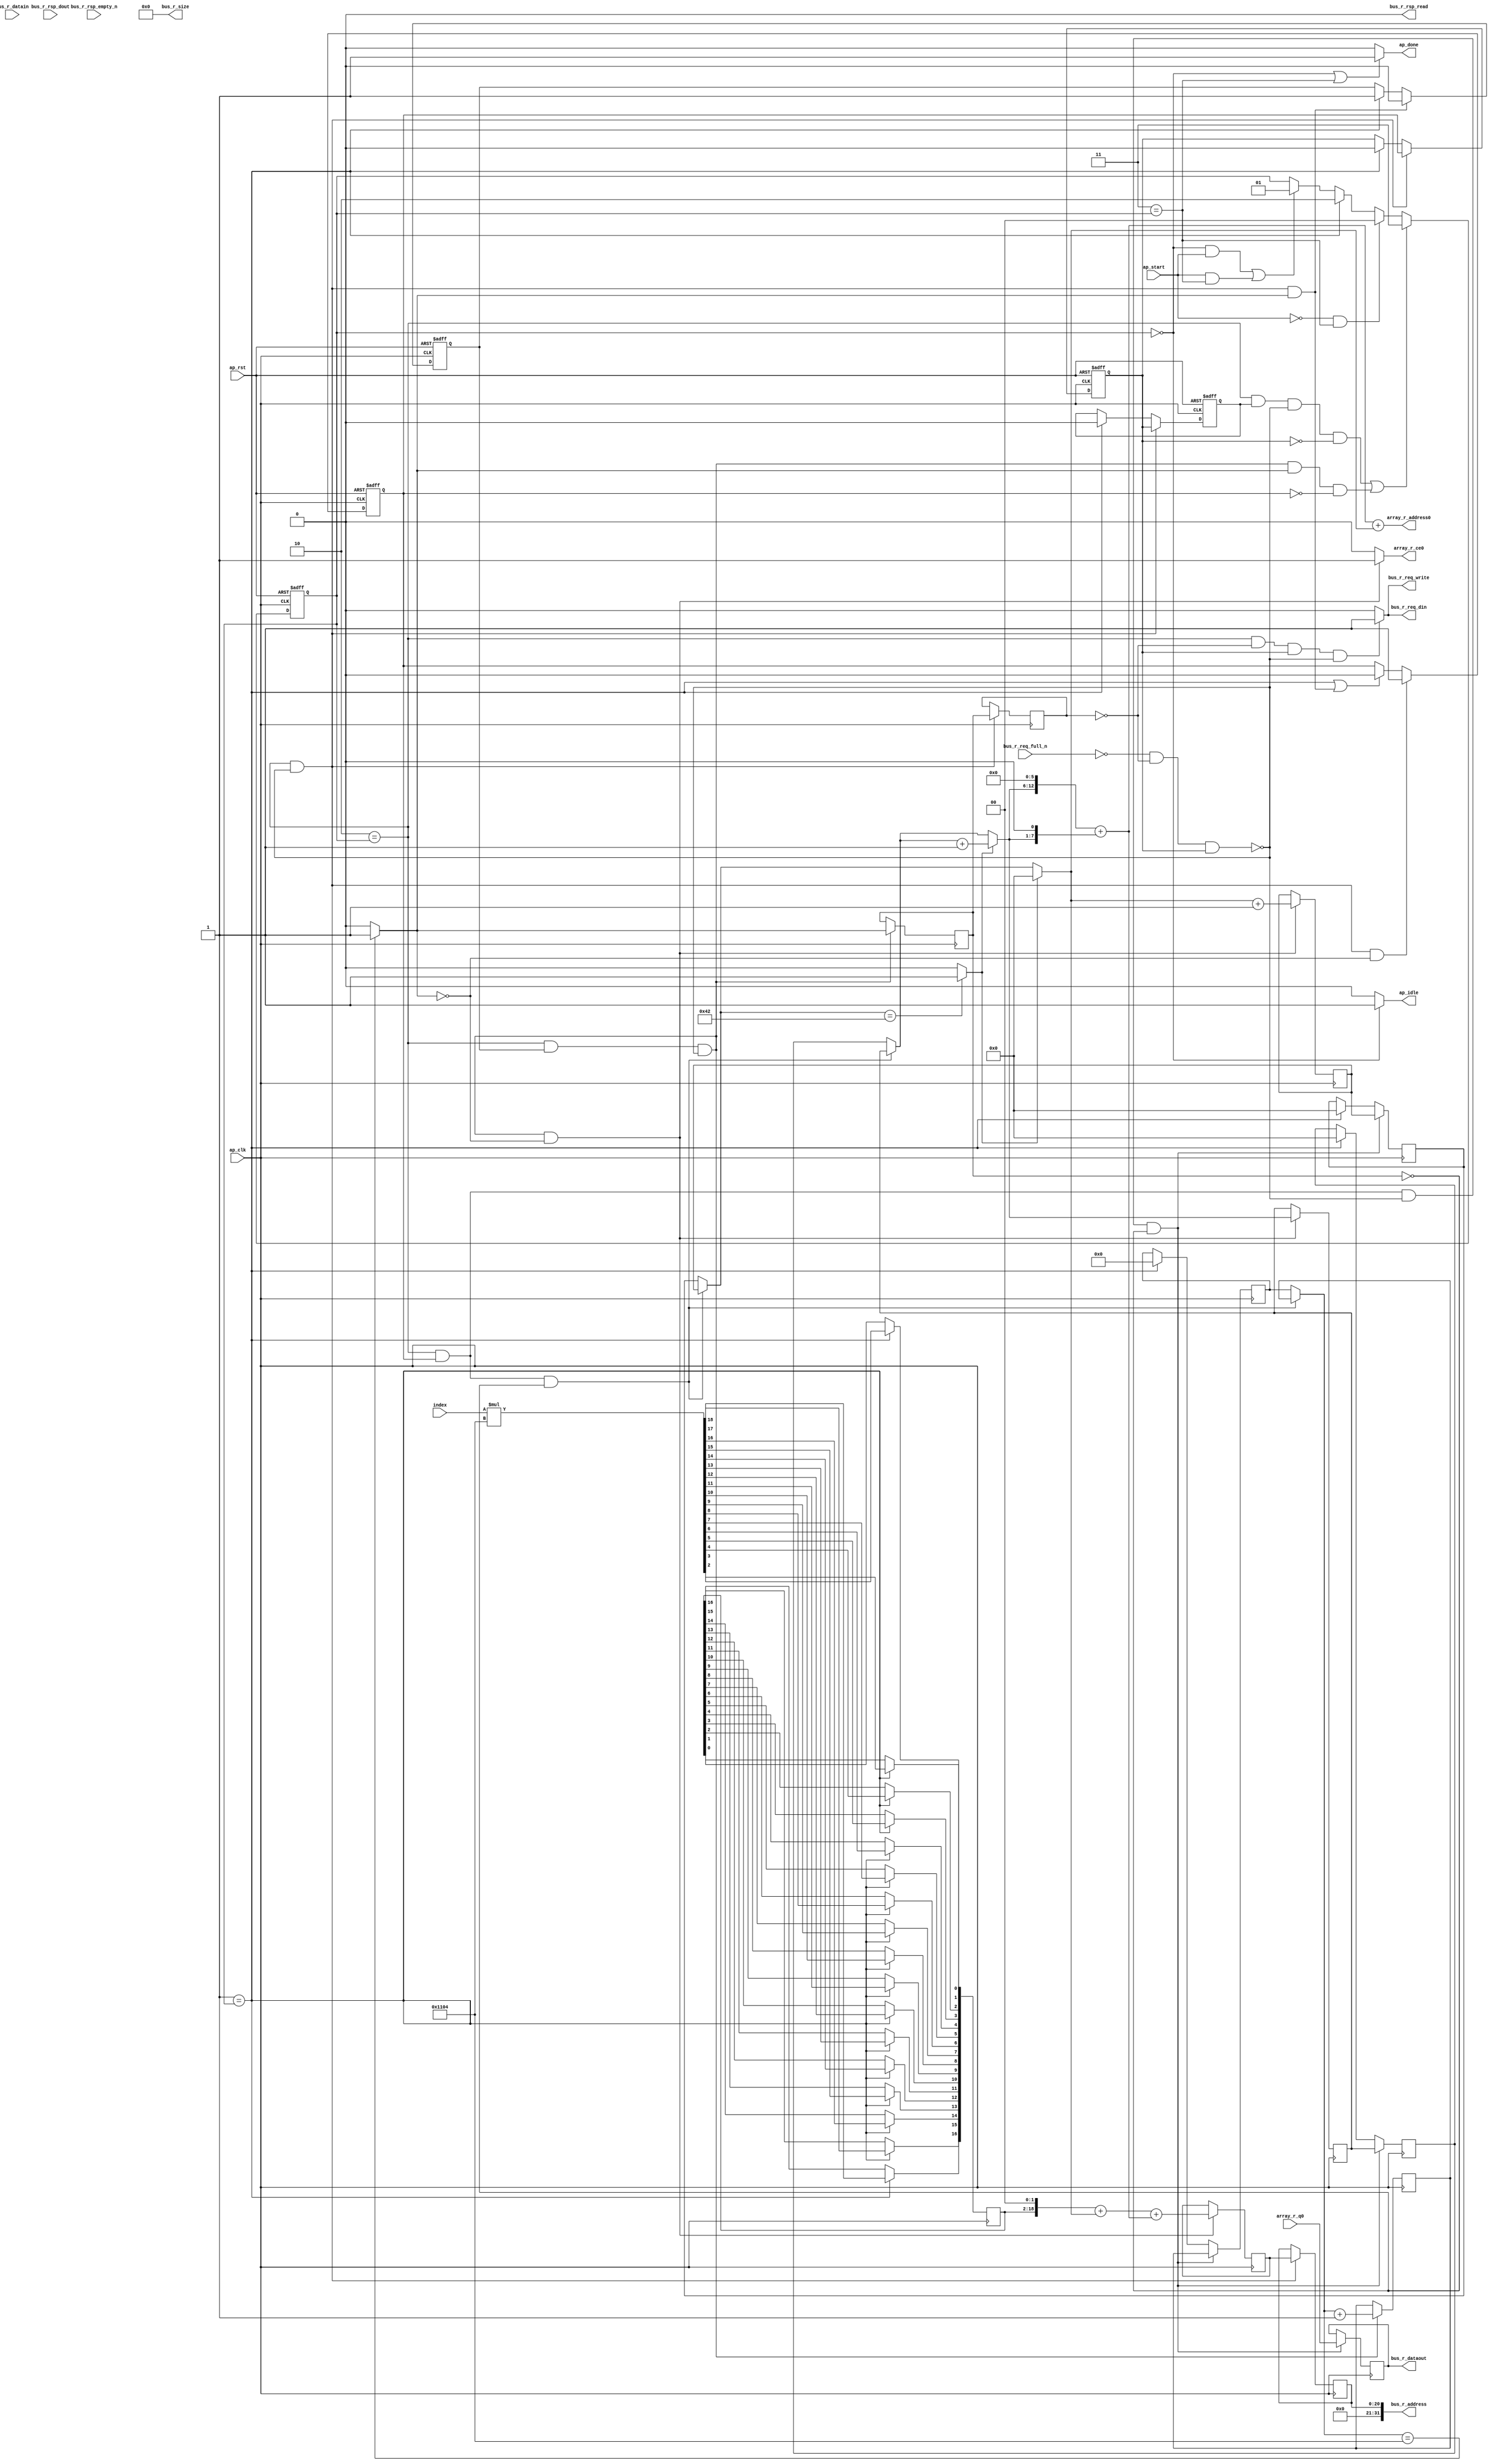
// ==============================================================
// RTL generated by AutoPilot - High-Level Synthesis System (C, C++, SystemC)
// Version: 2010.a.3
// Copyright (C) :2006-2010 AutoESL Design Technologies, Inc.
// 
// ===========================================================

`timescale 1 ns / 1 ps 

module write_r (
        ap_clk,
        ap_rst,
        ap_start,
        ap_done,
        ap_idle,
        index,
        bus_r_req_din,
        bus_r_req_full_n,
        bus_r_req_write,
        bus_r_rsp_dout,
        bus_r_rsp_empty_n,
        bus_r_rsp_read,
        bus_r_address,
        bus_r_datain,
        bus_r_dataout,
        bus_r_size,
        array_r_address0,
        array_r_ce0,
        array_r_q0
);

input   ap_clk;
input   ap_rst;
input   ap_start;
output   ap_done;
output   ap_idle;
input  [5:0] index;
output   bus_r_req_din;
input   bus_r_req_full_n;
output   bus_r_req_write;
input   bus_r_rsp_dout;
input   bus_r_rsp_empty_n;
output   bus_r_rsp_read;
output  [31:0] bus_r_address;
input  [31:0] bus_r_datain;
output  [31:0] bus_r_dataout;
output  [31:0] bus_r_size;
output  [12:0] array_r_address0;
output   array_r_ce0;
input  [31:0] array_r_q0;

reg ap_done;
reg ap_idle;
reg bus_r_req_din;
reg bus_r_req_write;
reg array_r_ce0;
reg   [1:0] ap_CS_fsm;
reg   [12:0] indvar_flatten_reg_62;
reg   [6:0] i_reg_73;
reg   [6:0] j_reg_84;
wire   [19:0] tmp1_cast_fu_106_p1;
reg   [19:0] tmp1_cast_reg_226;
wire   [0:0] exitcond_fu_110_p2;
reg   [0:0] exitcond_reg_231;
reg    ap_reg_ppiten_pp0_it0;
reg    ap_reg_ppiten_pp0_it1;
reg   [0:0] ap_reg_ppstg_exitcond_reg_231_pp0_it1;
reg    ap_sig_bdd_59;
reg    ap_reg_ppiten_pp0_it2;
reg    ap_reg_ppiten_pp0_it3;
reg   [12:0] indvar_next_reg_235;
wire   [6:0] i_mid_fu_142_p3;
reg   [6:0] i_mid_reg_240;
reg   [20:0] tmp3_reg_245;
reg   [20:0] ap_reg_ppstg_tmp3_reg_245_pp0_it1;
reg   [6:0] indvar_next1_reg_255;
reg   [31:0] array_load_reg_260;
reg   [12:0] indvar_flatten_phi_fu_66_p4;
reg   [6:0] i_phi_fu_77_p4;
reg   [6:0] j_phi_fu_88_p4;
wire   [31:0] array_addr1_cast_fu_205_p1;
wire   [63:0] tmp4_fu_216_p1;
wire   [5:0] tmp_fu_100_p0;
wire   [18:0] tmp_fu_100_p2;
wire   [12:0] exitcond_fu_110_p1;
wire   [6:0] exitcond1_fu_128_p1;
wire   [0:0] exitcond1_fu_128_p2;
wire   [6:0] indvar_next4_dup_fu_122_p2;
wire   [12:0] i_cast4_mid_fu_150_p1;
wire   [12:0] p_shl_fu_154_p2;
wire   [12:0] p_shl1_fu_160_p2;
wire   [12:0] tmp1_fu_166_p2;
wire   [6:0] j_mid_fu_134_p3;
wire   [19:0] j_cast_fu_176_p1;
wire   [19:0] tmp2_fu_180_p2;
wire   [20:0] tmp10_cast_fu_185_p1;
wire   [20:0] tmp9_cast_fu_172_p1;
wire   [12:0] tmp7_trn_cast_fu_195_p1;
wire   [12:0] array_addr_fu_199_p2;
reg   [1:0] ap_NS_fsm;
wire   [18:0] tmp_fu_100_p00;
parameter    ap_const_logic_1 = 1'b1;
parameter    ap_const_logic_0 = 1'b0;
parameter    ap_ST_st0_fsm_0 = 2'b00;
parameter    ap_ST_st1_fsm_1 = 2'b01;
parameter    ap_ST_pp0_stg0_fsm_2 = 2'b10;
parameter    ap_ST_st6_fsm_3 = 2'b11;
parameter    ap_const_lv1_0 = 1'b0;
parameter    ap_const_lv13_0 = 13'b0000000000000;
parameter    ap_const_lv7_0 = 7'b0000000;
parameter    ap_const_lv32_0 = 32'b00000000000000000000000000000000;
parameter    ap_const_lv19_1104 = 19'b0000001000100000100;
parameter    ap_const_lv13_1104 = 13'b1000100000100;
parameter    ap_const_lv13_1 = 13'b0000000000001;
parameter    ap_const_lv7_1 = 7'b0000001;
parameter    ap_const_lv7_42 = 7'b1000010;
parameter    ap_const_lv13_6 = 13'b0000000000110;
parameter    ap_true = 1'b1;




/// ap_CS_fsm assign process. ///
always @ (posedge ap_rst or posedge ap_clk)
begin : ap_ret_ap_CS_fsm
    if (ap_rst == 1'b1) begin
        ap_CS_fsm <= ap_ST_st0_fsm_0;
    end else begin
        ap_CS_fsm <= ap_NS_fsm;
    end
end

/// ap_reg_ppiten_pp0_it0 assign process. ///
always @ (posedge ap_rst or posedge ap_clk)
begin : ap_ret_ap_reg_ppiten_pp0_it0
    if (ap_rst == 1'b1) begin
        ap_reg_ppiten_pp0_it0 <= ap_const_logic_0;
    end else begin
        if (((ap_ST_pp0_stg0_fsm_2 == ap_CS_fsm) & ~(ap_sig_bdd_59 & (ap_const_logic_1 == ap_reg_ppiten_pp0_it2)) & ~(exitcond_fu_110_p2 == ap_const_lv1_0))) begin
            ap_reg_ppiten_pp0_it0 <= ap_const_logic_0;
        end else if ((ap_ST_st1_fsm_1 == ap_CS_fsm)) begin
            ap_reg_ppiten_pp0_it0 <= ap_const_logic_1;
        end
    end
end

/// ap_reg_ppiten_pp0_it1 assign process. ///
always @ (posedge ap_rst or posedge ap_clk)
begin : ap_ret_ap_reg_ppiten_pp0_it1
    if (ap_rst == 1'b1) begin
        ap_reg_ppiten_pp0_it1 <= ap_const_logic_0;
    end else begin
        if (((ap_ST_pp0_stg0_fsm_2 == ap_CS_fsm) & ~(ap_sig_bdd_59 & (ap_const_logic_1 == ap_reg_ppiten_pp0_it2)) & (exitcond_fu_110_p2 == ap_const_lv1_0))) begin
            ap_reg_ppiten_pp0_it1 <= ap_const_logic_1;
        end else if (((ap_ST_st1_fsm_1 == ap_CS_fsm) | ((ap_ST_pp0_stg0_fsm_2 == ap_CS_fsm) & ~(ap_sig_bdd_59 & (ap_const_logic_1 == ap_reg_ppiten_pp0_it2)) & ~(exitcond_fu_110_p2 == ap_const_lv1_0)))) begin
            ap_reg_ppiten_pp0_it1 <= ap_const_logic_0;
        end
    end
end

/// ap_reg_ppiten_pp0_it2 assign process. ///
always @ (posedge ap_rst or posedge ap_clk)
begin : ap_ret_ap_reg_ppiten_pp0_it2
    if (ap_rst == 1'b1) begin
        ap_reg_ppiten_pp0_it2 <= ap_const_logic_0;
    end else begin
        if (((ap_ST_pp0_stg0_fsm_2 == ap_CS_fsm) & ~(ap_sig_bdd_59 & (ap_const_logic_1 == ap_reg_ppiten_pp0_it2)))) begin
            ap_reg_ppiten_pp0_it2 <= ap_reg_ppiten_pp0_it1;
        end else if ((ap_ST_st1_fsm_1 == ap_CS_fsm)) begin
            ap_reg_ppiten_pp0_it2 <= ap_const_logic_0;
        end
    end
end

/// ap_reg_ppiten_pp0_it3 assign process. ///
always @ (posedge ap_rst or posedge ap_clk)
begin : ap_ret_ap_reg_ppiten_pp0_it3
    if (ap_rst == 1'b1) begin
        ap_reg_ppiten_pp0_it3 <= ap_const_logic_0;
    end else begin
        if (((ap_ST_pp0_stg0_fsm_2 == ap_CS_fsm) & ~(ap_sig_bdd_59 & (ap_const_logic_1 == ap_reg_ppiten_pp0_it2)))) begin
            ap_reg_ppiten_pp0_it3 <= ap_reg_ppiten_pp0_it2;
        end else if ((ap_ST_st1_fsm_1 == ap_CS_fsm)) begin
            ap_reg_ppiten_pp0_it3 <= ap_const_logic_0;
        end
    end
end

/// assign process. ///
always @(posedge ap_clk)
begin
    if (((ap_ST_pp0_stg0_fsm_2 == ap_CS_fsm) & ~(ap_sig_bdd_59 & (ap_const_logic_1 == ap_reg_ppiten_pp0_it2)))) begin
        ap_reg_ppstg_exitcond_reg_231_pp0_it1 <= exitcond_reg_231;
    end
    if (((ap_ST_pp0_stg0_fsm_2 == ap_CS_fsm) & ~(ap_sig_bdd_59 & (ap_const_logic_1 == ap_reg_ppiten_pp0_it2)))) begin
        ap_reg_ppstg_tmp3_reg_245_pp0_it1 <= tmp3_reg_245;
    end
    if (((ap_ST_pp0_stg0_fsm_2 == ap_CS_fsm) & (ap_const_logic_1 == ap_reg_ppiten_pp0_it1) & ~(ap_sig_bdd_59 & (ap_const_logic_1 == ap_reg_ppiten_pp0_it2)) & (exitcond_reg_231 == ap_const_lv1_0))) begin
        array_load_reg_260 <= array_r_q0;
    end
    if (((ap_ST_pp0_stg0_fsm_2 == ap_CS_fsm) & (ap_const_logic_1 == ap_reg_ppiten_pp0_it0) & ~(ap_sig_bdd_59 & (ap_const_logic_1 == ap_reg_ppiten_pp0_it2)))) begin
        exitcond_reg_231 <= (indvar_flatten_phi_fu_66_p4 == exitcond_fu_110_p1? 1'b1: 1'b0);
    end
    if (((ap_ST_pp0_stg0_fsm_2 == ap_CS_fsm) & (ap_const_logic_1 == ap_reg_ppiten_pp0_it0) & ~(ap_sig_bdd_59 & (ap_const_logic_1 == ap_reg_ppiten_pp0_it2)) & (exitcond_fu_110_p2 == ap_const_lv1_0))) begin
        if (exitcond1_fu_128_p2) begin
            i_mid_reg_240 <= indvar_next4_dup_fu_122_p2;
        end else begin
            i_mid_reg_240 <= i_phi_fu_77_p4;
        end

    end
    if (((ap_ST_pp0_stg0_fsm_2 == ap_CS_fsm) & (ap_const_logic_1 == ap_reg_ppiten_pp0_it1) & ~(ap_sig_bdd_59 & (ap_const_logic_1 == ap_reg_ppiten_pp0_it2)) & (exitcond_reg_231 == ap_const_lv1_0))) begin
        i_reg_73 <= i_mid_reg_240;
    end else if ((ap_ST_st1_fsm_1 == ap_CS_fsm)) begin
        i_reg_73 <= ap_const_lv7_0;
    end
    if (((ap_ST_pp0_stg0_fsm_2 == ap_CS_fsm) & (ap_const_logic_1 == ap_reg_ppiten_pp0_it1) & ~(ap_sig_bdd_59 & (ap_const_logic_1 == ap_reg_ppiten_pp0_it2)) & (exitcond_reg_231 == ap_const_lv1_0))) begin
        indvar_flatten_reg_62 <= indvar_next_reg_235;
    end else if ((ap_ST_st1_fsm_1 == ap_CS_fsm)) begin
        indvar_flatten_reg_62 <= ap_const_lv13_0;
    end
    if (((ap_ST_pp0_stg0_fsm_2 == ap_CS_fsm) & (ap_const_logic_1 == ap_reg_ppiten_pp0_it0) & ~(ap_sig_bdd_59 & (ap_const_logic_1 == ap_reg_ppiten_pp0_it2)) & (exitcond_fu_110_p2 == ap_const_lv1_0))) begin
        indvar_next1_reg_255 <= (j_mid_fu_134_p3 + ap_const_lv7_1);
    end
    if (((ap_ST_pp0_stg0_fsm_2 == ap_CS_fsm) & (ap_const_logic_1 == ap_reg_ppiten_pp0_it0) & ~(ap_sig_bdd_59 & (ap_const_logic_1 == ap_reg_ppiten_pp0_it2)))) begin
        indvar_next_reg_235 <= (indvar_flatten_phi_fu_66_p4 + ap_const_lv13_1);
    end
    if (((ap_ST_pp0_stg0_fsm_2 == ap_CS_fsm) & (ap_const_logic_1 == ap_reg_ppiten_pp0_it1) & ~(ap_sig_bdd_59 & (ap_const_logic_1 == ap_reg_ppiten_pp0_it2)) & (exitcond_reg_231 == ap_const_lv1_0))) begin
        j_reg_84 <= indvar_next1_reg_255;
    end else if ((ap_ST_st1_fsm_1 == ap_CS_fsm)) begin
        j_reg_84 <= ap_const_lv7_0;
    end
    if ((ap_ST_st1_fsm_1 == ap_CS_fsm)) begin
        tmp1_cast_reg_226[2] <= tmp1_cast_fu_106_p1[2];
        tmp1_cast_reg_226[3] <= tmp1_cast_fu_106_p1[3];
        tmp1_cast_reg_226[4] <= tmp1_cast_fu_106_p1[4];
        tmp1_cast_reg_226[5] <= tmp1_cast_fu_106_p1[5];
        tmp1_cast_reg_226[6] <= tmp1_cast_fu_106_p1[6];
        tmp1_cast_reg_226[7] <= tmp1_cast_fu_106_p1[7];
        tmp1_cast_reg_226[8] <= tmp1_cast_fu_106_p1[8];
        tmp1_cast_reg_226[9] <= tmp1_cast_fu_106_p1[9];
        tmp1_cast_reg_226[10] <= tmp1_cast_fu_106_p1[10];
        tmp1_cast_reg_226[11] <= tmp1_cast_fu_106_p1[11];
        tmp1_cast_reg_226[12] <= tmp1_cast_fu_106_p1[12];
        tmp1_cast_reg_226[13] <= tmp1_cast_fu_106_p1[13];
        tmp1_cast_reg_226[14] <= tmp1_cast_fu_106_p1[14];
        tmp1_cast_reg_226[15] <= tmp1_cast_fu_106_p1[15];
        tmp1_cast_reg_226[16] <= tmp1_cast_fu_106_p1[16];
        tmp1_cast_reg_226[17] <= tmp1_cast_fu_106_p1[17];
        tmp1_cast_reg_226[18] <= tmp1_cast_fu_106_p1[18];
    end
    if (((ap_ST_pp0_stg0_fsm_2 == ap_CS_fsm) & (ap_const_logic_1 == ap_reg_ppiten_pp0_it0) & ~(ap_sig_bdd_59 & (ap_const_logic_1 == ap_reg_ppiten_pp0_it2)) & (exitcond_fu_110_p2 == ap_const_lv1_0))) begin
        tmp3_reg_245 <= (tmp10_cast_fu_185_p1 + tmp9_cast_fu_172_p1);
    end
end

/// ap_NS_fsm assign process. ///
always @ (ap_start or ap_CS_fsm or exitcond_fu_110_p2 or ap_reg_ppiten_pp0_it0 or ap_reg_ppiten_pp0_it1 or ap_sig_bdd_59 or ap_reg_ppiten_pp0_it2 or ap_reg_ppiten_pp0_it3)
begin
    if ((((ap_ST_pp0_stg0_fsm_2 == ap_CS_fsm) & (ap_const_logic_1 == ap_reg_ppiten_pp0_it3) & ~(ap_sig_bdd_59 & (ap_const_logic_1 == ap_reg_ppiten_pp0_it2)) & ~(ap_const_logic_1 == ap_reg_ppiten_pp0_it2)) | ((ap_ST_pp0_stg0_fsm_2 == ap_CS_fsm) & (ap_const_logic_1 == ap_reg_ppiten_pp0_it0) & ~(ap_sig_bdd_59 & (ap_const_logic_1 == ap_reg_ppiten_pp0_it2)) & ~(exitcond_fu_110_p2 == ap_const_lv1_0) & ~(ap_const_logic_1 == ap_reg_ppiten_pp0_it1)))) begin
        ap_NS_fsm = ap_ST_st6_fsm_3;
    end else if ((~(ap_const_logic_1 == ap_start) & (ap_ST_st6_fsm_3 == ap_CS_fsm))) begin
        ap_NS_fsm = ap_ST_st0_fsm_0;
    end else if ((ap_ST_st1_fsm_1 == ap_CS_fsm)) begin
        ap_NS_fsm = ap_ST_pp0_stg0_fsm_2;
    end else if ((((ap_ST_st0_fsm_0 == ap_CS_fsm) & (ap_const_logic_1 == ap_start)) | ((ap_const_logic_1 == ap_start) & (ap_ST_st6_fsm_3 == ap_CS_fsm)))) begin
        ap_NS_fsm = ap_ST_st1_fsm_1;
    end else begin
        ap_NS_fsm = ap_CS_fsm;
    end
end

/// ap_done assign process. ///
always @ (ap_CS_fsm)
begin
    if (((ap_ST_st0_fsm_0 == ap_CS_fsm) | (ap_ST_st6_fsm_3 == ap_CS_fsm))) begin
        ap_done = ap_const_logic_1;
    end else begin
        ap_done = ap_const_logic_0;
    end
end

/// ap_idle assign process. ///
always @ (ap_CS_fsm)
begin
    if ((ap_ST_st0_fsm_0 == ap_CS_fsm)) begin
        ap_idle = ap_const_logic_1;
    end else begin
        ap_idle = ap_const_logic_0;
    end
end

/// array_r_ce0 assign process. ///
always @ (ap_CS_fsm or exitcond_fu_110_p2 or ap_reg_ppiten_pp0_it0 or ap_sig_bdd_59 or ap_reg_ppiten_pp0_it2)
begin
    if (((ap_ST_pp0_stg0_fsm_2 == ap_CS_fsm) & (ap_const_logic_1 == ap_reg_ppiten_pp0_it0) & ~(ap_sig_bdd_59 & (ap_const_logic_1 == ap_reg_ppiten_pp0_it2)) & (exitcond_fu_110_p2 == ap_const_lv1_0))) begin
        array_r_ce0 = ap_const_logic_1;
    end else begin
        array_r_ce0 = ap_const_logic_0;
    end
end

/// bus_r_req_din assign process. ///
always @ (ap_CS_fsm or ap_reg_ppstg_exitcond_reg_231_pp0_it1 or ap_sig_bdd_59 or ap_reg_ppiten_pp0_it2)
begin
    if (((ap_ST_pp0_stg0_fsm_2 == ap_CS_fsm) & (ap_reg_ppstg_exitcond_reg_231_pp0_it1 == ap_const_lv1_0) & (ap_const_logic_1 == ap_reg_ppiten_pp0_it2) & ~(ap_sig_bdd_59 & (ap_const_logic_1 == ap_reg_ppiten_pp0_it2)))) begin
        bus_r_req_din = ap_const_logic_1;
    end else begin
        bus_r_req_din = ap_const_logic_0;
    end
end

/// bus_r_req_write assign process. ///
always @ (ap_CS_fsm or ap_reg_ppstg_exitcond_reg_231_pp0_it1 or ap_sig_bdd_59 or ap_reg_ppiten_pp0_it2)
begin
    if (((ap_ST_pp0_stg0_fsm_2 == ap_CS_fsm) & (ap_reg_ppstg_exitcond_reg_231_pp0_it1 == ap_const_lv1_0) & (ap_const_logic_1 == ap_reg_ppiten_pp0_it2) & ~(ap_sig_bdd_59 & (ap_const_logic_1 == ap_reg_ppiten_pp0_it2)))) begin
        bus_r_req_write = ap_const_logic_1;
    end else begin
        bus_r_req_write = ap_const_logic_0;
    end
end

/// i_phi_fu_77_p4 assign process. ///
always @ (ap_CS_fsm or i_reg_73 or exitcond_reg_231 or ap_reg_ppiten_pp0_it1 or i_mid_reg_240)
begin
    if (((ap_ST_pp0_stg0_fsm_2 == ap_CS_fsm) & (ap_const_logic_1 == ap_reg_ppiten_pp0_it1) & (exitcond_reg_231 == ap_const_lv1_0))) begin
        i_phi_fu_77_p4 = i_mid_reg_240;
    end else begin
        i_phi_fu_77_p4 = i_reg_73;
    end
end

/// indvar_flatten_phi_fu_66_p4 assign process. ///
always @ (ap_CS_fsm or indvar_flatten_reg_62 or exitcond_reg_231 or ap_reg_ppiten_pp0_it1 or indvar_next_reg_235)
begin
    if (((ap_ST_pp0_stg0_fsm_2 == ap_CS_fsm) & (ap_const_logic_1 == ap_reg_ppiten_pp0_it1) & (exitcond_reg_231 == ap_const_lv1_0))) begin
        indvar_flatten_phi_fu_66_p4 = indvar_next_reg_235;
    end else begin
        indvar_flatten_phi_fu_66_p4 = indvar_flatten_reg_62;
    end
end

/// j_phi_fu_88_p4 assign process. ///
always @ (ap_CS_fsm or j_reg_84 or exitcond_reg_231 or ap_reg_ppiten_pp0_it1 or indvar_next1_reg_255)
begin
    if (((ap_ST_pp0_stg0_fsm_2 == ap_CS_fsm) & (ap_const_logic_1 == ap_reg_ppiten_pp0_it1) & (exitcond_reg_231 == ap_const_lv1_0))) begin
        j_phi_fu_88_p4 = indvar_next1_reg_255;
    end else begin
        j_phi_fu_88_p4 = j_reg_84;
    end
end

/// ap_sig_bdd_59 assign process. ///
always @ (bus_r_req_full_n or ap_reg_ppstg_exitcond_reg_231_pp0_it1)
begin
    ap_sig_bdd_59 = ((bus_r_req_full_n == ap_const_logic_0) & (ap_reg_ppstg_exitcond_reg_231_pp0_it1 == ap_const_lv1_0));
end
assign array_addr1_cast_fu_205_p1 = {{19{1'b0}}, {array_addr_fu_199_p2}};
assign array_addr_fu_199_p2 = (tmp1_fu_166_p2 + tmp7_trn_cast_fu_195_p1);
assign array_r_address0 = array_addr1_cast_fu_205_p1;
assign bus_r_address = tmp4_fu_216_p1;
assign bus_r_dataout = array_load_reg_260;
assign bus_r_rsp_read = ap_const_logic_0;
assign bus_r_size = ap_const_lv32_0;
assign exitcond1_fu_128_p1 = ap_const_lv7_42;
assign exitcond1_fu_128_p2 = (j_phi_fu_88_p4 == exitcond1_fu_128_p1? 1'b1: 1'b0);
assign exitcond_fu_110_p1 = ap_const_lv13_1104;
assign exitcond_fu_110_p2 = (indvar_flatten_phi_fu_66_p4 == exitcond_fu_110_p1? 1'b1: 1'b0);
assign i_cast4_mid_fu_150_p1 = {{6{1'b0}}, {i_mid_fu_142_p3}};
assign i_mid_fu_142_p3 = ((exitcond1_fu_128_p2)? indvar_next4_dup_fu_122_p2: i_phi_fu_77_p4);
assign indvar_next4_dup_fu_122_p2 = (i_phi_fu_77_p4 + ap_const_lv7_1);
assign j_cast_fu_176_p1 = {{13{1'b0}}, {j_mid_fu_134_p3}};
assign j_mid_fu_134_p3 = ((exitcond1_fu_128_p2)? ap_const_lv7_0: j_phi_fu_88_p4);
assign p_shl1_fu_160_p2 = i_cast4_mid_fu_150_p1 << ap_const_lv13_1;
assign p_shl_fu_154_p2 = i_cast4_mid_fu_150_p1 << ap_const_lv13_6;
assign tmp10_cast_fu_185_p1 = {{1{1'b0}}, {tmp2_fu_180_p2}};
assign tmp1_cast_fu_106_p1 = {{1{1'b0}}, {tmp_fu_100_p2}};
assign tmp1_fu_166_p2 = (p_shl_fu_154_p2 + p_shl1_fu_160_p2);
assign tmp2_fu_180_p2 = (tmp1_cast_reg_226 + j_cast_fu_176_p1);
assign tmp4_fu_216_p1 = {{43{1'b0}}, {ap_reg_ppstg_tmp3_reg_245_pp0_it1}};
assign tmp7_trn_cast_fu_195_p1 = {{6{1'b0}}, {j_mid_fu_134_p3}};
assign tmp9_cast_fu_172_p1 = {{8{1'b0}}, {tmp1_fu_166_p2}};
assign tmp_fu_100_p0 = tmp_fu_100_p00;
assign tmp_fu_100_p00 = {{13{1'b0}}, {index}};
assign tmp_fu_100_p2 = (tmp_fu_100_p0 * $signed('h1104));
always @ (ap_clk)
begin
    tmp1_cast_reg_226[0] <= 1'b0;
    tmp1_cast_reg_226[1] <= 1'b0;
    tmp1_cast_reg_226[19] <= 1'b0;
end



endmodule //write_r